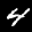
Label: 4